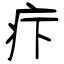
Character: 疜